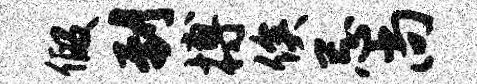
假到搏俟忌尚